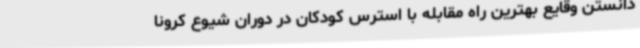
دانستن وقایع بهترین راه مقابله با استرس کودکان در دوران شیوع کرونا